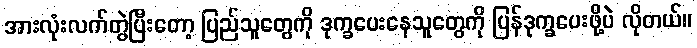
အားလုံးလက်တွဲပြီးတော့ ပြည်သူတွေကို ဒုက္ခပေးနေသူတွေကို ပြန်ဒုက္ခပေးဖို့ပဲ လိုတယ်။